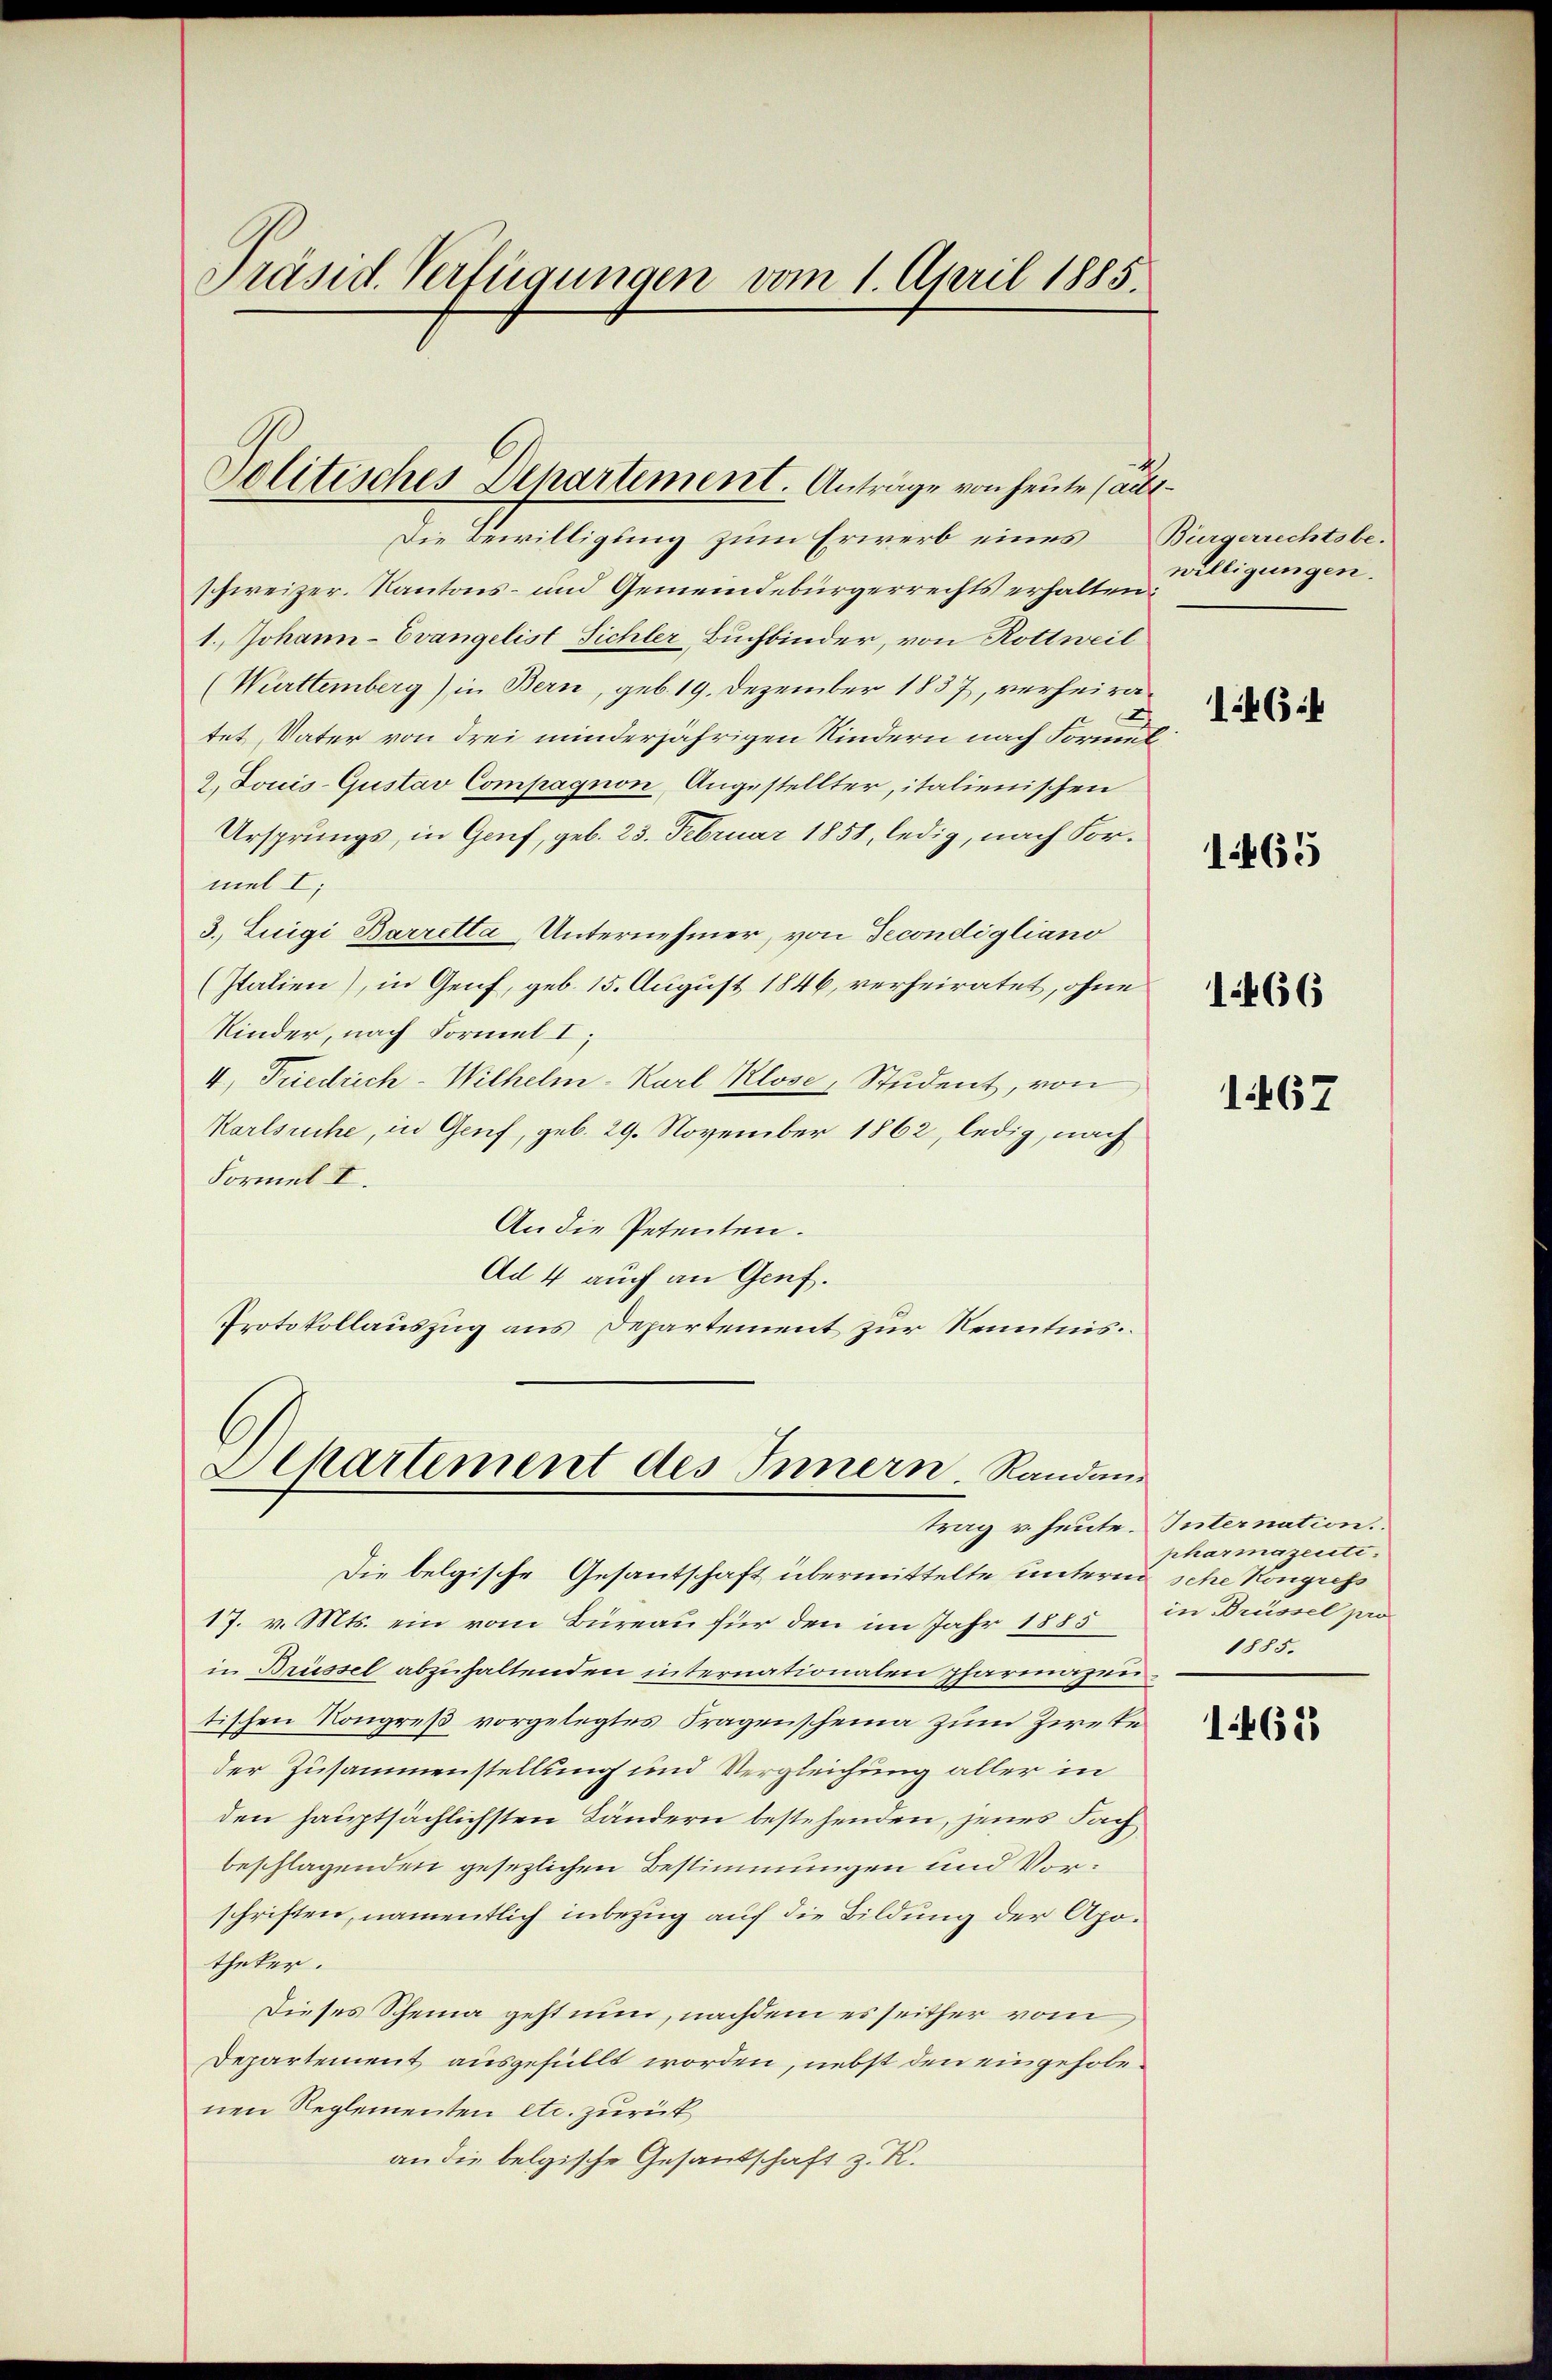
Präsid. Verfügungen vom 1. April 1885.

Die Bewilligung zum Erwerb eines
schweizer. Kantons- und Gemeindebürgerrechts erhalten:
1. Johann-Evangelist Sichler, Buchbinder, von Rottweil
(Württemberg) in Bern, geb. 19. Dezember 1837, verheira¬
A
tet, Vater von drei minderjährigen Kindern nach Formel
2. Jouis-Gustav Compagnon, Angestellter, italienischen
Ursprungs, in Genf, geb. 23. Februar 1858, ledig, nach Formel I
3.) Luigi Barretta-Unternehmer, von Secondigliano
(Italien), in Genf, geb. 15. August 1846, verheiratet, ohne
Kinder, nach Formel I,
4., Friedrich-Wilhelm-Karl Klose, Student, von
Karlsruhe, in Genf, geb. 29. November 1862, ledig, nach
Formel I.
An die Petenten.
Ad 4 auch an Genf.
Protokollauszug aus Departement zur Kenntnis.

Solitisches Departement. Anträge von heute alle

Departement des Innern, Randan¬

Die belgische Gesantschaft übermittelte untern sche Kongress
17. v. Mts. ein vom Büreau für den im Jahr 1885
in Brüssel abzuhaltenden internationalen pharmazen
tischen Kongreß vorgelegtes Fragenscheina zum Zweke
der Zusammenstellung und Vergleichung aller in
den hauptsächlichsten Ländern bestehenden, jenes Fach
beschlagenden gesezlichen Bestimmungen und Vorschriften, namentlich inbezug auf die Bildung der Apotheker.
Dieses Scheina geht nun, nachdem es seither vom
Departement ausgefüllt worden, nebst den eingehobenen Reglementen etc. zurück
an die belgische Gesandschaft z. K.

Bürgerrechtsbe-
willigungen.
146:4

trag u. heute. Internation.

1465

1466

1467

pharmazente.
in Brüssel pro
1885.

1463